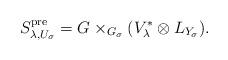
LaTeX: \begin{align*}S^{\mathrm{pre}}_{\lambda,U_{\sigma}} = G \times_{G_{\sigma}} (V_{\lambda}^* \otimes L_{Y_{\sigma}}).\end{align*}